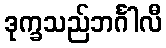
ဒုက္ခသည်ဘင်္ဂါလီ